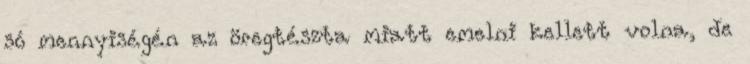
só mennyiségén az öregtészta miatt emelni kellett volna, de